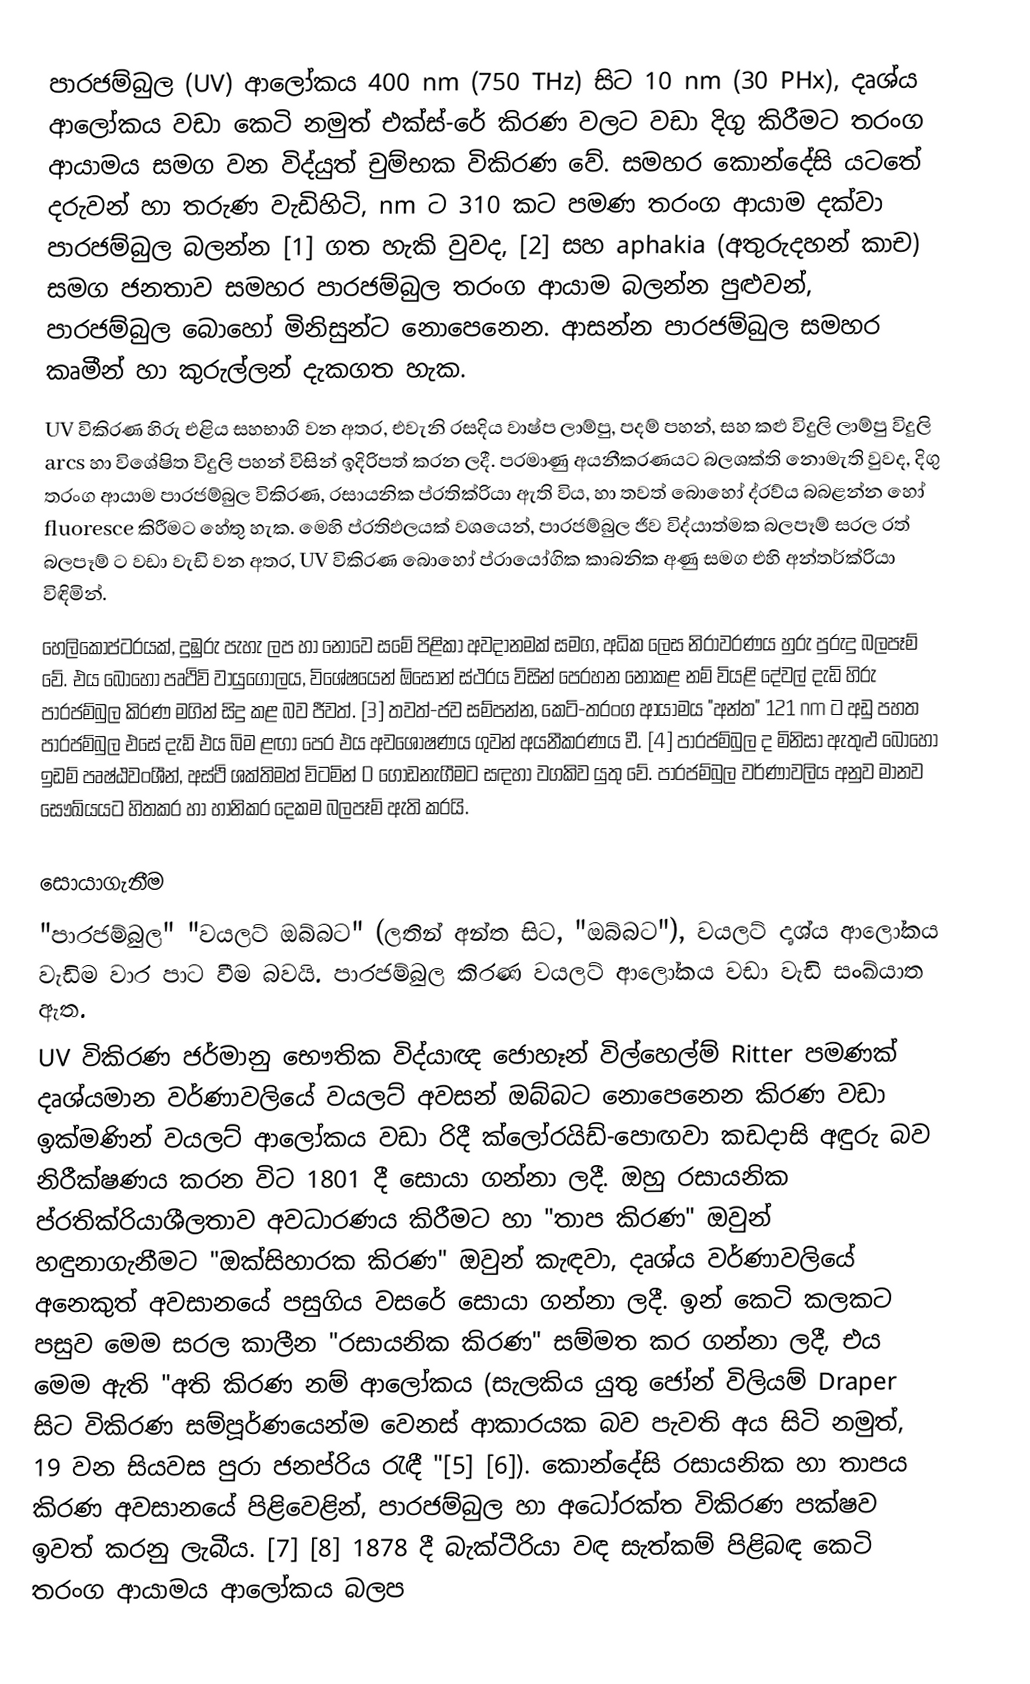
පාරජම්බුල (UV) ආලෝකය 400 nm (750 THz) සිට 10 nm (30 PHx), දෘශ්ය ආලෝකය වඩා කෙටි නමුත් එක්ස්-රේ කිරණ වලට වඩා දිගු කිරීමට තරංග ආයාමය සමග වන විද්යුත් චුම්භක විකිරණ වේ. සමහර කොන්දේසි යටතේ දරුවන් හා තරුණ වැඩිහිටි, nm ට 310 කට පමණ තරංග ආයාම දක්වා පාරජම්බුල බලන්න [1] ගත හැකි වුවද, [2] සහ aphakia (අතුරුදහන් කාච) සමග ජනතාව සමහර පාරජම්බුල තරංග ආයාම බලන්න පුළුවන්, පාරජම්බුල බොහෝ මිනිසුන්ට නොපෙනෙන. ආසන්න පාරජම්බුල සමහර කෘමීන් හා කුරුල්ලන් දැකගත හැක.
UV විකිරණ හිරු එළිය සහභාගි වන අතර, එවැනි රසදිය වාෂ්ප ලාම්පු, පදම් පහන්, සහ කළු විදුලි ලාම්පු විදුලි arcs හා විශේෂිත විදුලි පහන් විසින් ඉදිරිපත් කරන ලදී. පරමාණු අයනීකරණයට බලශක්ති නොමැති වුවද, දිගු තරංග ආයාම පාරජම්බුල විකිරණ, රසායනික ප්රතික්රියා ඇති විය, හා තවත් බොහෝ ද්රව්ය බබළන්න හෝ fluoresce කිරීමට හේතු හැක. මෙහි ප්රතිඵලයක් වශයෙන්, පාරජම්බුල ජීව විද්යාත්මක බලපෑම් සරල රත් බලපෑම් ට වඩා වැඩි වන අතර, UV විකිරණ බොහෝ ප්රායෝගික කාබනික අණු සමග එහි අන්තර්ක්රියා විඳිමින්.
හෙලිකොප්ටරයක්, දුඹුරු පැහැ ලප හා නොවෙ සමේ පිළිකා අවදානමක් සමග, අධික ලෙස නිරාවරණය හුරු පුරුදු බලපෑම් වේ. එය බොහෝ පෘථිවි වායුගෝලය, විශේෂයෙන් ඕසෝන් ස්ථරය විසින් පෙරහන නොකළ නම් වියළි දේවල් දැඩි හිරු පාරජම්බුල කිරණ මගින් සිදු කළ බව ජීවත්. [3] තවත්-ජව සම්පන්න, කෙටි-තරංග ආයාමය "අන්ත" 121 nm ට අඩු පහත පාරජම්බුල එසේ දැඩි එය බිම ළඟා පෙර එය අවශෝෂණය ගුවන් අයනීකරණය වී. [4] පාරජම්බුල ද මිනිසා ඇතුළු බොහෝ ඉඩම් පෘෂ්ඨවංශීන්, අස්ථි ශක්තිමත් විටමින් D ගොඩනැගීමට සඳහා වගකිව යුතු වේ. පාරජම්බුල වර්ණාවලිය අනුව මානව සෞඛ්යයට හිතකර හා හානිකර දෙකම බලපෑම් ඇති කරයි.

සොයාගැනීම
"පාරජම්බුල" "වයලට් ඔබ්බට" (ලතින් අන්ත සිට, "ඔබ්බට"), වයලට් දෘශ්ය ආලෝකය වැඩිම වාර පාට වීම බවයි. පාරජම්බුල කිරණ වයලට් ආලෝකය වඩා වැඩි සංඛ්යාත ඇත.
UV විකිරණ ජර්මානු භෞතික විද්යාඥ ජොහෑන් විල්හෙල්ම් Ritter පමණක් දෘශ්යමාන වර්ණාවලියේ වයලට් අවසන් ඔබ්බට නොපෙනෙන කිරණ වඩා ඉක්මණින් වයලට් ආලෝකය වඩා රිදී ක්ලෝරයිඩ්-පොඟවා කඩදාසි අඳුරු බව නිරීක්ෂණය කරන විට 1801 දී සොයා ගන්නා ලදී. ඔහු රසායනික ප්රතික්රියාශීලතාව අවධාරණය කිරීමට හා "තාප කිරණ" ඔවුන් හඳුනාගැනීමට "ඔක්සිහාරක කිරණ" ඔවුන් කැඳවා, දෘශ්ය වර්ණාවලියේ අනෙකුත් අවසානයේ පසුගිය වසරේ සොයා ගන්නා ලදී. ඉන් කෙටි කලකට පසුව මෙම සරල කාලීන "රසායනික කිරණ" සම්මත කර ගන්නා ලදී, එය මෙම ඇති "අති කිරණ නම් ආලෝකය (සැලකිය යුතු ජෝන් විලියම් Draper සිට විකිරණ සම්පූර්ණයෙන්ම වෙනස් ආකාරයක බව පැවති අය සිටි නමුත්, 19 වන සියවස පුරා ජනප්රිය රැඳී "[5] [6]). කොන්දේසි රසායනික හා තාපය කිරණ අවසානයේ පිළිවෙළින්, පාරජම්බුල හා අධෝරක්ත විකිරණ පක්ෂව ඉවත් කරනු ලැබීය. [7] [8] 1878 දී බැක්ටීරියා වඳ සැත්කම් පිළිබඳ කෙටි තරංග ආයාමය ආලෝකය බලප